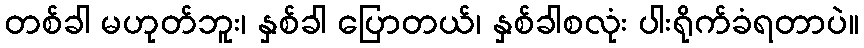
တစ်ခါ မဟုတ်ဘူး၊ နှစ်ခါ ပြောတယ်၊ နှစ်ခါစလုံး ပါးရိုက်ခံရတာပဲ။